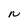
Character: n